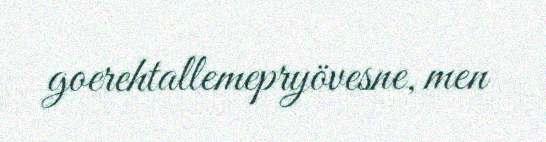
goerehtallemepryövesne, men